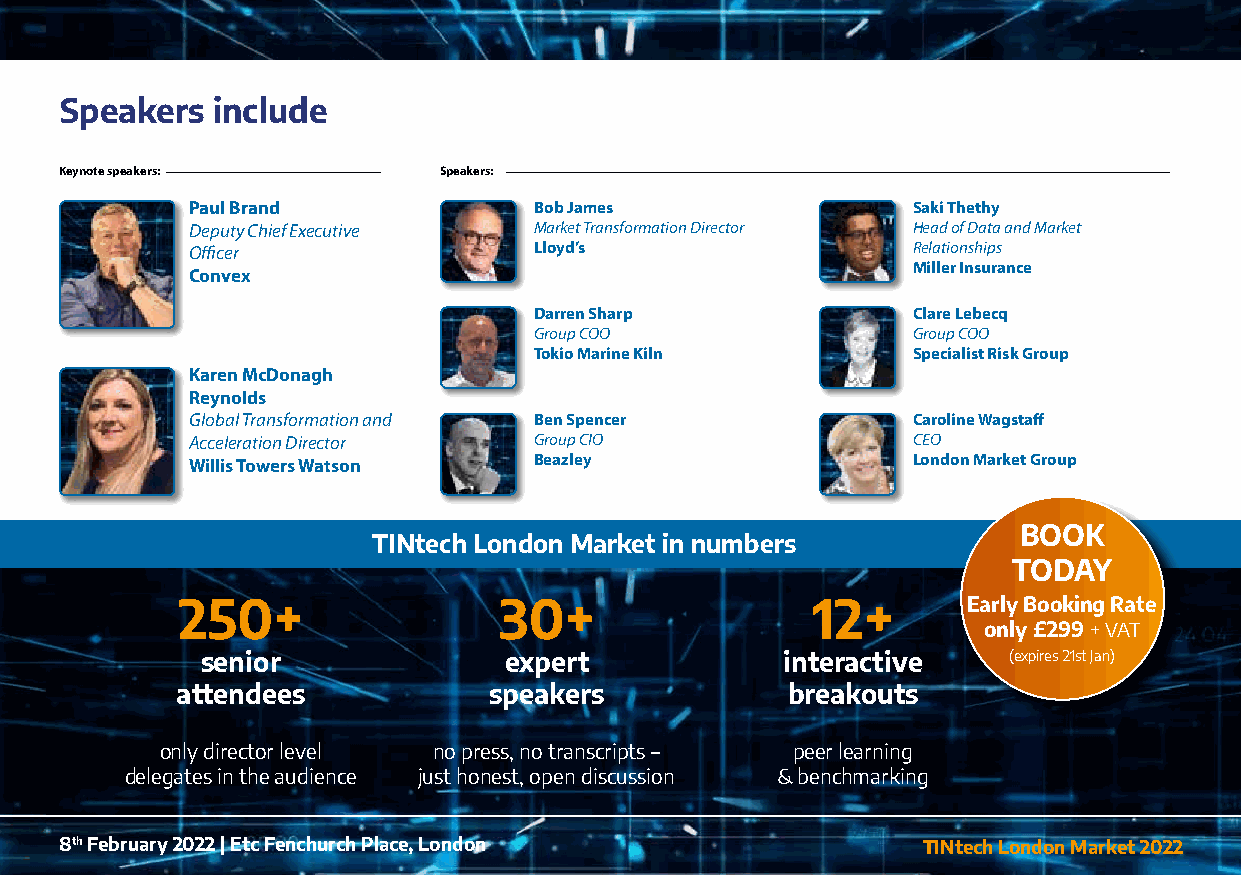
Speakers  include
 Keynote speakers:        Speakers:
 Paul Brand            Bob James                Saki Thethy
 Deputy Chief Executive Market Transformation Director Head of Data and Market
 Officer               Lloyd’s                  Relationships
 Miller Insurance
 Convex
 Darren Sharp             Clare Lebecq
 Group COO                Group COO
 Tokio Marine Kiln        Specialist Risk Group
 Karen McDonagh
 Reynolds
 Global Transformation and Ben Spencer          Caroline Wagstaff
 Acceleration Director Group CIO                CEO
 Willis Towers Watson  Beazley                  London Market Group
 BOOK
 TINtech London Market in numbers
 TODAY
 250+                 30+                  12+       Early Booking Rate
 only £299 + VAT
 senior              expert             interactive    (expires 21st Jan)
 attendees           speakers            breakouts
 only director level no press, no transcripts – peer learning
 delegates in the audience just honest, open discussion & benchmarking
 8th February 2022 | Etc Fenchurch Place, London          TINtech London Market 2022